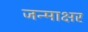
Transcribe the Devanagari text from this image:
जन्माक्षर